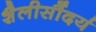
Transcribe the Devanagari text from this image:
शैलीसौंदर्य